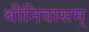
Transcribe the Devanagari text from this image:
श्रीनिवासम्‌